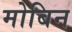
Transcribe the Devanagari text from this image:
मोबिन